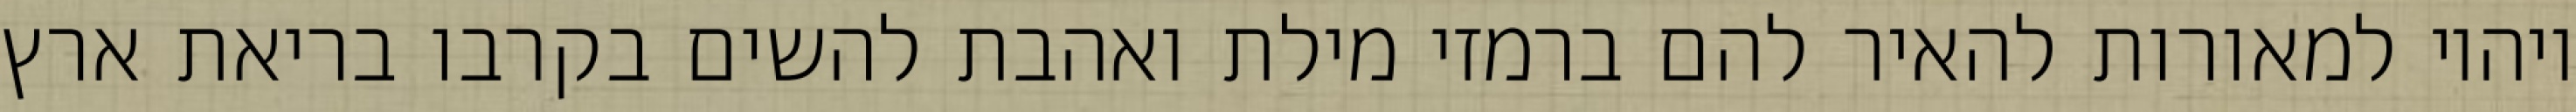
ויהיו למאורות להאיר להם ברמזי מילת ואהבת להשים בקרבו בריאת ארץ